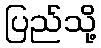
ပြည်သို့